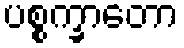
ပစ္စက္ခာတော